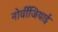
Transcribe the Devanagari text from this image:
नोर्वीजियाई